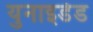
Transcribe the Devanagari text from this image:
युनाइडेड